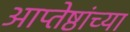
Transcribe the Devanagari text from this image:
आप्‍तेष्ठांच्या